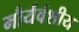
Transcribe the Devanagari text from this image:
मौर्यवंशीय